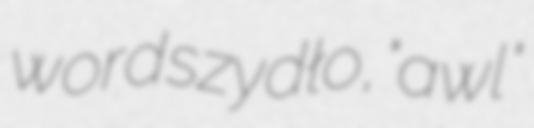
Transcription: word szydło, "awl"